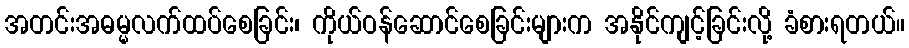
အတင်းအဓမ္မလက်ထပ်စေခြင်း၊ ကိုယ်ဝန်ဆောင်စေခြင်းများက အနိုင်ကျင့်ခြင်းလို့ ခံစားရတယ်။